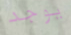
يوجد